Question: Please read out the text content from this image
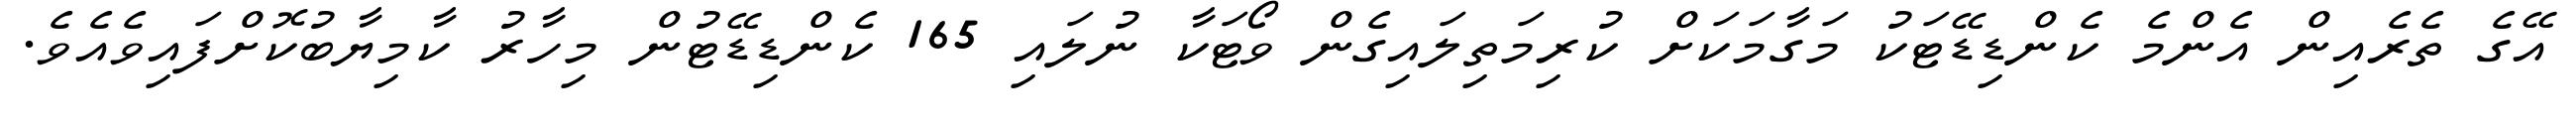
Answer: އޭގެ ތެރެއިން އެންމެ ކެންޑިޑޭޓަކު މަގާމަކަށް ކުރިމަތިލައިގެން ވޯޓަކާ ނުލައި 165 ކެންޑިޑޭޓުން މިހާރު ކާމިޔާބުކޮށްފައިވެއެވެ.